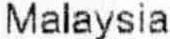
MALAYSIA